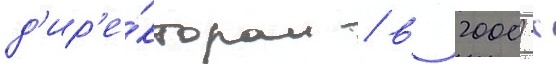
д'ир'е́ктором / в 2000-х